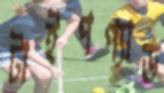
টাইপপ্যাড